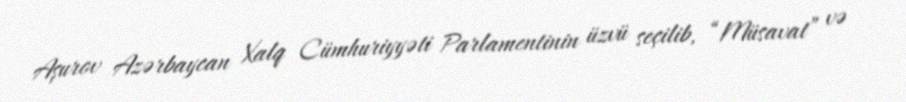
Aşurov Azərbaycan Xalq Cümhuriyyəti Parlamentinin üzvü seçilib, “Müsavat” və